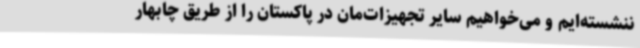
ننشسته‌ایم و می‌خواهیم سایر تجهیزات‌مان در پاکستان را از طریق چابهار